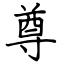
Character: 尊